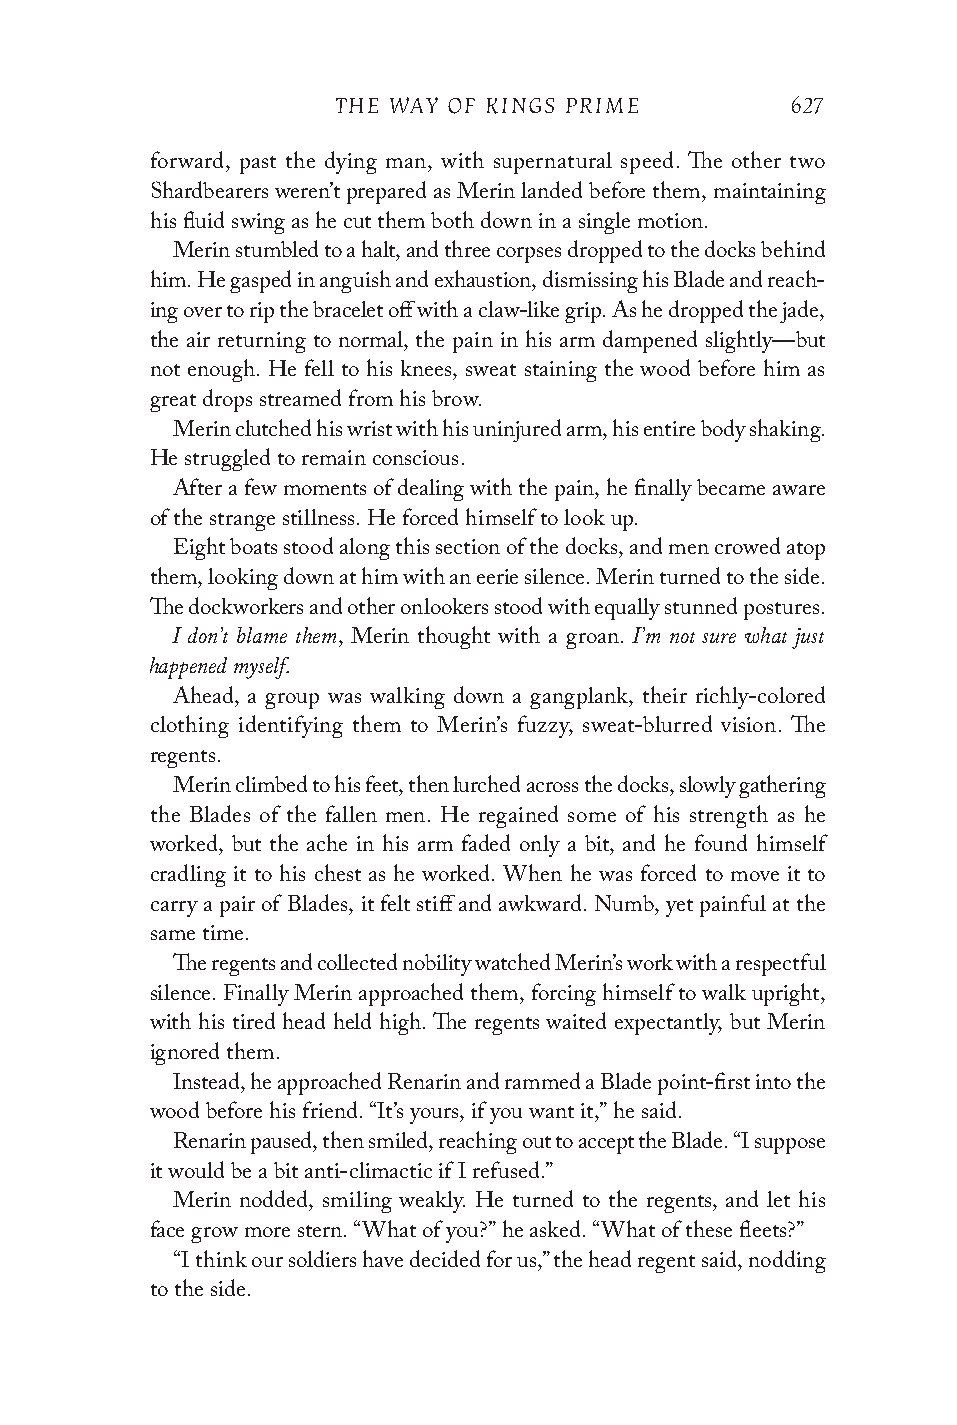
THE WAY OF KINGS PRIME        627
 forward, past the dying man, with supernatural speed. The other two
 Shardbearers weren’t prepared as Merin landed before them, maintaining
 his fluid swing as he cut them both down in a single motion.
 Merin stumbled to a halt, and three corpses dropped to the docks behind
 him. He gasped in anguish and exhaustion, dismissing his Blade and reach-
 ing over to rip the bracelet off with a claw-like grip. As he dropped the jade,
 the air returning to normal, the pain in his arm dampened slightly—but
 not enough. He fell to his knees, sweat staining the wood before him as
 great drops streamed from his brow.
 Merin clutched his wrist with his uninjured arm, his entire body shaking.
 He struggled to remain conscious.
 After a few moments of dealing with the pain, he finally became aware
 of the strange stillness. He forced himself to look up.
 Eight boats stood along this section of the docks, and men crowed atop
 them, looking down at him with an eerie silence. Merin turned to the side.
 The dockworkers and other onlookers stood with equally stunned postures.
 I don’t blame them             I’m not sure what just
 , Merin thought with a groan.
 happened myself.
 Ahead, a group was walking down a gangplank, their richly-colored
 clothing identifying them to Merin’s fuzzy, sweat-blurred vision. The
 regents.
 Merin climbed to his feet, then lurched across the docks, slowly gathering
 the Blades of the fallen men. He regained some of his strength as he
 worked, but the ache in his arm faded only a bit, and he found himself
 cradling it to his chest as he worked. When he was forced to move it to
 carry a pair of Blades, it felt stiff and awkward. Numb, yet painful at the
 same time.
 The regents and collected nobility watched Merin’s work with a respectful
 silence. Finally Merin approached them, forcing himself to walk upright,
 with his tired head held high. The regents waited expectantly, but Merin
 ignored them.
 Instead, he approached Renarin and rammed a Blade point-first into the
 wood before his friend. “It’s yours, if you want it,” he said.
 Renarin paused, then smiled, reaching out to accept the Blade. “I suppose
 it would be a bit anti-climactic if I refused.”
 Merin nodded, smiling weakly. He turned to the regents, and let his
 face grow more stern. “What of you?” he asked. “What of these fleets?”
 “I think our soldiers have decided for us,” the head regent said, nodding
 to the side.